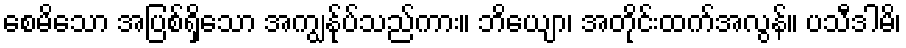
စေမိသော အပြစ်ရှိသော အကျွန်ုပ်သည်ကား။ ဘိယျော၊ အတိုင်းထက်အလွန်။ ပသီဒါမိ၊